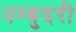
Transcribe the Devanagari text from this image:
नम्बुदरी